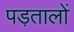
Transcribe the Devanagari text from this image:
पड़तालों